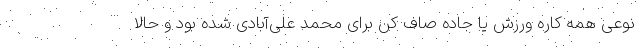
نوعی همه کاره ورزش یا جاده صاف کن برای محمد علی‌آبادی شده بود و حالا